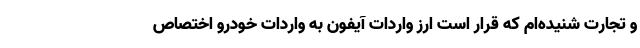
و تجارت شنیده‌ام که قرار است ارز واردات آیفون به واردات خودرو اختصاص